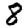
Digit: 8